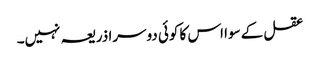
عقل کے سوا اس کا کوئی دوسرا ذریعہ نہیں۔